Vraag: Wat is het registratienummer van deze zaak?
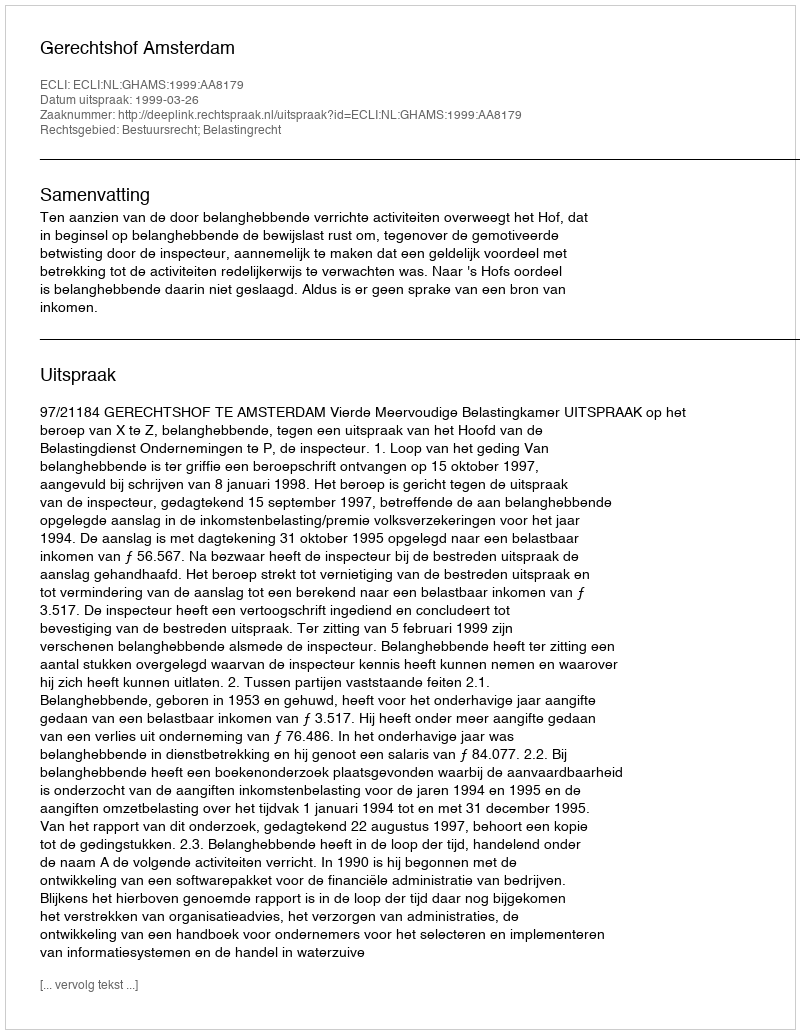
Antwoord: http://deeplink.rechtspraak.nl/uitspraak?id=ECLI:NL:GHAMS:1999:AA8179